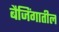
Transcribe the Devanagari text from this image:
बैजिंगातील